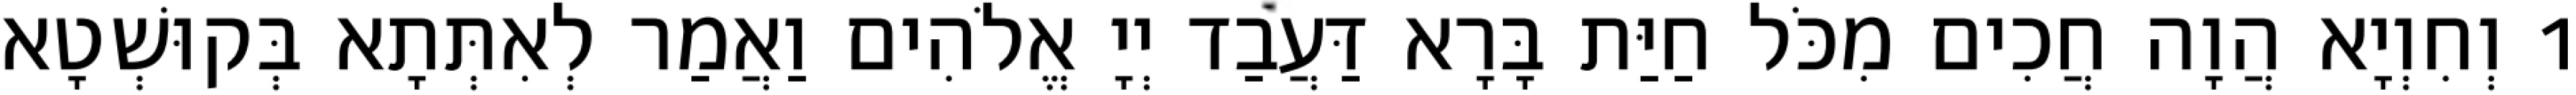
1 וְחִוְיָא הֲוָה חֲכִים מִכֹּל חַיַּת בָּרָא דַּעֲבַד יְיָ אֱלֹהִים וַאֲמַר לְאִתְּתָא בְּקוּשְׁטָא